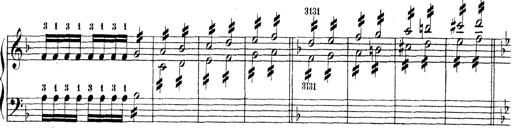
Title: Technische Studien
Composer: Franz Liszt